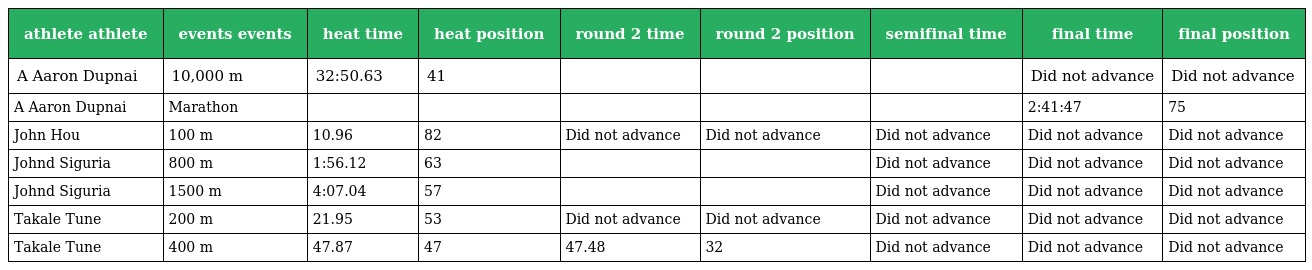
| athlete athlete | events events | heat time | heat position | round 2 time | round 2 position | semifinal time | final time | final position |
 | --- | --- | --- | --- | --- | --- | --- | --- | --- |
 | A Aaron Dupnai | 10,000 m | 32:50.63 | 41 |  |  |  | Did not advance | Did not advance |
 | A Aaron Dupnai | Marathon |  |  |  |  |  | 2:41:47 | 75 |
 | John Hou | 100 m | 10.96 | 82 | Did not advance | Did not advance | Did not advance | Did not advance | Did not advance |
 | Johnd Siguria | 800 m | 1:56.12 | 63 |  |  | Did not advance | Did not advance | Did not advance |
 | Johnd Siguria | 1500 m | 4:07.04 | 57 |  |  | Did not advance | Did not advance | Did not advance |
 | Takale Tune | 200 m | 21.95 | 53 | Did not advance | Did not advance | Did not advance | Did not advance | Did not advance |
 | Takale Tune | 400 m | 47.87 | 47 | 47.48 | 32 | Did not advance | Did not advance | Did not advance |